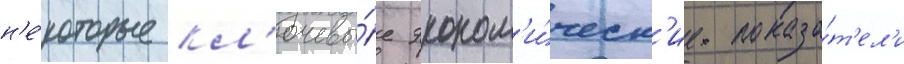
н'е́которые кл'ючевы́е эконом'и́ческ'ие показа́т'ел'и